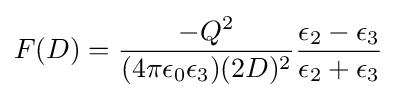
F(D)={\frac {-Q^{2}}{(4\pi \epsilon _{0}\epsilon _{3})(2D)^{2}}}{\frac {\epsilon _{2}-\epsilon _{3}}{\epsilon _{2}+\epsilon _{3}}}